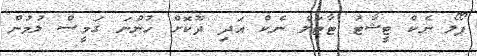
ޕޯލޯ ނެކް ޓީޝާޓު ޓާޓަލް ނެކް އަދި ދޫކޮށް ހުންނަ ގަމީސް ލުމުން